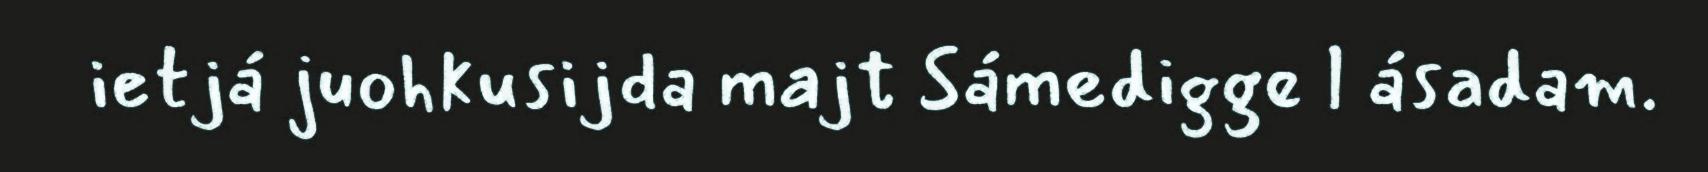
ietjá juohkusijda majt Sámedigge l ásadam.